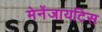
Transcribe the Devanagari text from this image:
मेनेंजायटिस